Indian journal of veterinary science and animal husbandry - Volume 7,
Year: 1937
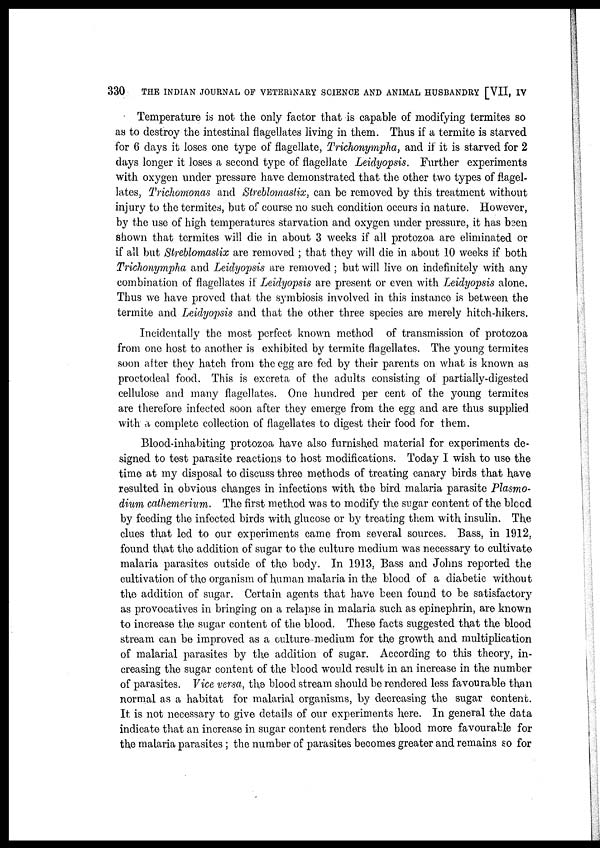
330
THE INDIAN JOURNAL OF VETERINARY SCIENCE AND ANIMAL HUSBANDRY [VII, IV
Temperature is not the only factor that is capable of modifying termites so
as to destroy the intestinal flagellates living in them. Thus if a termite is starved
for 6 days it loses one type of flagellate, Trichonympha, and if it is starved for 2
days longer it loses a second type of flagellate Leidyopsis. Further experiments
with oxygen under pressure have demonstrated that the other two types of flagel-
lates, Trichomonas and Streblomastix, can be removed by this treatment without
injury to the termites, but of course no such condition occurs in nature. However,
by the use of high temperatures starvation and oxygen under pressure, it has been
shown that termites will die in about 3 weeks if all protozoa are eliminated or
if all but Streblomastix are removed ; that they will die in about 10 weeks if both
Trichonympha and Leidyopsis are removed ; but will live on indefinitely with any
combination of flagellates if Leidyopsis are present or even with Leidyopsis alone.
Thus we have proved that the symbiosis involved in this instance is between the
termite and Leidyopsis and that the other three species are merely hitch-hikers.
Incidentally the most perfect known method of transmission of protozoa
from one host to another is exhibited by termite flagellates. The young termites
soon after they hatch from the egg are fed by their parents on what is known as
proctodeal food. This is excreta of the adults consisting of partially-digested
cellulose and many flagellates. One hundred per cent of the young termites
are therefore infected soon after they emerge from the egg and are thus supplied
with a complete collection of flagellates to digest their food for them.
Blood-inhabiting protozoa have also furnished material for experiments de-
signed to test parasite reactions to host modifications. Today I wish to use the
time at my disposal to discuss three methods of treating canary birds that have
resulted in obvious changes in infections with the bird malaria parasite Plasmo-
dium cathemerium. The first method was to modify the sugar content of the blood
by feeding the infected birds with glucose or by treating them with insulin. The
clues that led to our experiments came from several sources. Bass, in 1912,
found that the addition of sugar to the culture medium was necessary to cultivate
malaria parasites outside of the body. In 1913, Bass and Johns reported the
cultivation of the organism of human malaria in the blood of a diabetic without
the addition of sugar. Certain agents that have been found to be satisfactory
as provocatives in bringing on a relapse in malaria such as epinephrin, are known
to increase the sugar content of the blood. These facts suggested that the blood
stream can be improved as a culture medium for the growth and multiplication
of malarial parasites by the addition of sugar. According to this theory, in-
creasing the sugar content of the blood would result in an increase in the number
of parasites. Vice versa, the blood stream should be rendered less favourable than
normal as a habitat for malarial organisms, by decreasing the sugar content.
It is not necessary to give details of our experiments here. In general the data
indicate that an increase in sugar content renders the blood more favourable for
the malaria parasites ; the number of parasites becomes greater and remains so for